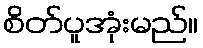
စိတ်ပူအုံးမည်။